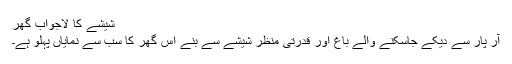
شیشے کا لاجواب گھر
آر پار سے دیکے جاسکنے والے باغ اور قدرتی منظر شیشے سے بنے اس گھر کا سب سے نمایاں پہلو ہے۔